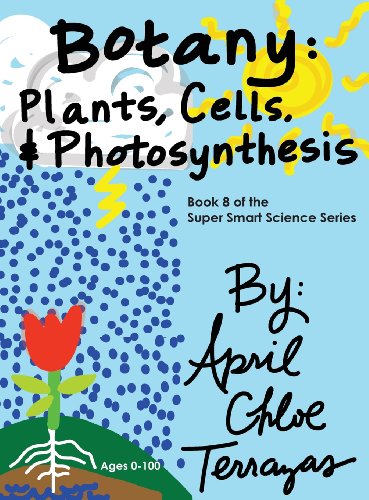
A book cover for Botany: Plants, Cells and Photosynthesis (Super Smart Science); April Chloe Terrazas; Children's Books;